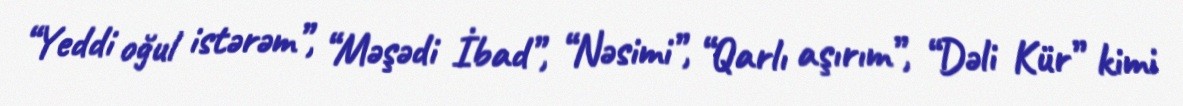
“Yeddi oğul istərəm”, “Məşədi İbad”, “Nəsimi”, “Qarlı aşırım”, “Dəli Kür” kimi